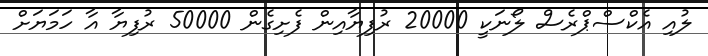
ލުއި އެކްސްޕްރެސް ލޯނަކީ 20000 ރުފިޔާއިން ފެށިގެން 50000 ރުފިޔާ އާ ހަމަޔަށް